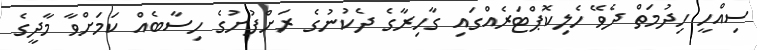
ސިއްހީ ހިދުމަތް ދެވޭ ހެލިކޮޕްޓަރެއްގައި ގާހިރާގެ ދެކުނުގެ ރަށްފުށުގެ ހިސާބެއް ކަމަށްވާ މާދީގެ